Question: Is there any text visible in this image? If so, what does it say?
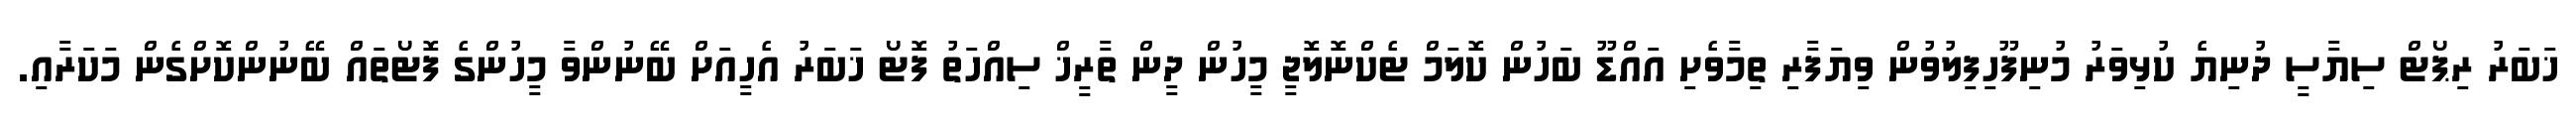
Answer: ޚަބަރު ރިޕޯޓް ސިޔާސީ ދުނިޔެ ކުޅިވަރު މުނިފޫހިފިލުވުން ވިޔަފާރި ތިމާވެށި އައްޑޫ ބަހުން ކޮލަމް ޓެކްނޮލޮޖީ މީހުން ދީން ތާރީޚް ސިއްހަތު ފޮޓޯ ޚަބަރު އެހީއަށް ބޭނުންވާ މީހުންގެ ފޮޓޯތައް ބޭނުންކޮށްގެން މަކަރާއި.